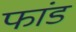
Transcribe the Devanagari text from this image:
फांड